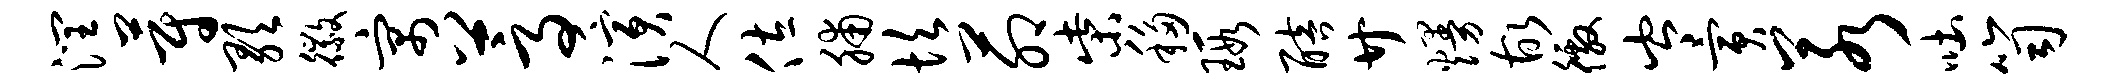
润蔚歌徽寓蒿演人佐脯坎茆柴移瑕醅廿熳故徼岑寅若吐笥